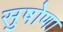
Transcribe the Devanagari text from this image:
सुषोणा